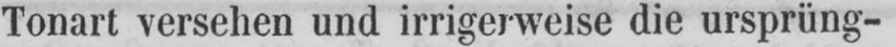
Tonart versehen und irrigerweise die ursprüng-